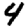
Digit: 4